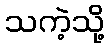
သကဲ့သို့